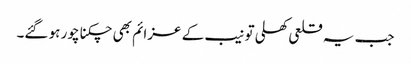
جب یہ قلعی کھلی تو نیب کے عزائم بھی چکنا چور ہو گئے۔